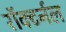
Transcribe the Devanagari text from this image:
रॉक्टर्नल